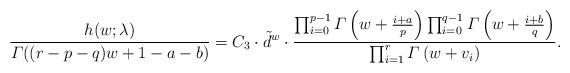
LaTeX: \begin{align*} \dfrac{h(w;\lambda)}{\varGamma((r-p-q)w+1-a-b)} = C_3 \cdot \tilde{d}^w \cdot \dfrac{\prod_{i=0}^{p-1}\varGamma\left(w+\frac{i+a}{p}\right) \prod_{i=0}^{q-1}\varGamma\left(w+\frac{i+b}{q}\right)}{\prod_{i=1}^{r} \varGamma\left(w+v_i\right)}. \end{align*}